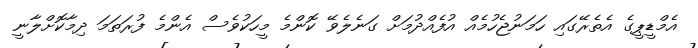
އެމްޑީޕީގެ އެތެރޭގައި ހަމަނުޖެހުމެއް އުފެއްދުމަށް ގަނެލެވޭ ކޮންމެ މީހަކުވެސް އެންމެ ފުރަތަމަ ދިމާކޮށްލާނީ